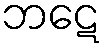
ဘဋေ